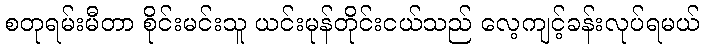
စတုရမ်းမီတာ စိုင်းမင်းသူ ယင်းမုန်တိုင်းငယ်သည် လေ့ကျင့်ခန်းလုပ်ရမယ်